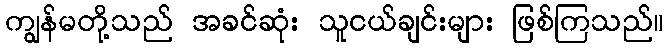
ကျွန်မတို့သည် အခင်ဆုံး သူငယ်ချင်းများ ဖြစ်ကြသည်။